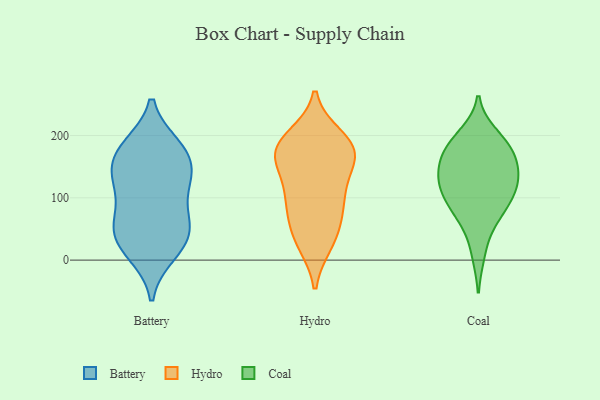
{"axis": {"x": "Satisfaction Score", "y": "Value"}, "legend": ["Battery", "Coal", "Hydro"], "data": [{"x": "", "y": 73, "type": "Battery"}, {"x": "", "y": 182, "type": "Battery"}, {"x": "", "y": 53, "type": "Battery"}, {"x": "", "y": 11, "type": "Battery"}, {"x": "", "y": 173, "type": "Battery"}, {"x": "", "y": 122, "type": "Battery"}, {"x": "", "y": 136, "type": "Battery"}, {"x": "", "y": 167, "type": "Battery"}, {"x": "", "y": 28, "type": "Battery"}, {"x": "", "y": 130, "type": "Battery"}, {"x": "", "y": 54, "type": "Battery"}, {"x": "", "y": 181, "type": "Battery"}, {"x": "", "y": 125, "type": "Battery"}, {"x": "", "y": 57, "type": "Battery"}, {"x": "", "y": 20, "type": "Battery"}, {"x": "", "y": 27, "type": "Hydro"}, {"x": "", "y": 160, "type": "Hydro"}, {"x": "", "y": 63, "type": "Hydro"}, {"x": "", "y": 102, "type": "Hydro"}, {"x": "", "y": 121, "type": "Hydro"}, {"x": "", "y": 93, "type": "Hydro"}, {"x": "", "y": 172, "type": "Hydro"}, {"x": "", "y": 27, "type": "Hydro"}, {"x": "", "y": 168, "type": "Hydro"}, {"x": "", "y": 192, "type": "Hydro"}, {"x": "", "y": 99, "type": "Hydro"}, {"x": "", "y": 175, "type": "Hydro"}, {"x": "", "y": 51, "type": "Hydro"}, {"x": "", "y": 186, "type": "Hydro"}, {"x": "", "y": 198, "type": "Hydro"}, {"x": "", "y": 160, "type": "Hydro"}, {"x": "", "y": 69, "type": "Coal"}, {"x": "", "y": 117, "type": "Coal"}, {"x": "", "y": 183, "type": "Coal"}, {"x": "", "y": 164, "type": "Coal"}, {"x": "", "y": 200, "type": "Coal"}, {"x": "", "y": 190, "type": "Coal"}, {"x": "", "y": 133, "type": "Coal"}, {"x": "", "y": 93, "type": "Coal"}, {"x": "", "y": 142, "type": "Coal"}, {"x": "", "y": 125, "type": "Coal"}, {"x": "", "y": 11, "type": "Coal"}, {"x": "", "y": 66, "type": "Coal"}, {"x": "", "y": 117, "type": "Coal"}, {"x": "", "y": 175, "type": "Coal"}, {"x": "", "y": 95, "type": "Coal"}, {"x": "", "y": 155, "type": "Coal"}]}